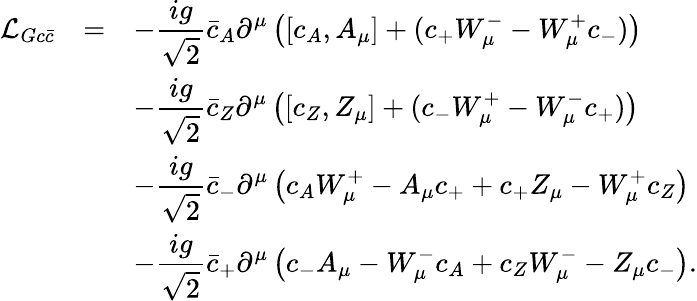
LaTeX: \begin{array}{rcl}{{{\cal L}_{Gc\bar{c}}}}&{{=}}&{{\displaystyle-\frac{ig}{\sqrt{2}}\bar{c}_{A}\partial^{\mu}\left([c_{A},A_{\mu}]+(c_{+}W_{\mu}^{-}-W_{\mu}^{+}c_{-})\right)}}\\ {{}}&{{}}&{{\displaystyle-\frac{ig}{\sqrt{2}}\bar{c}_{Z}\partial^{\mu}\left([c_{Z},Z_{\mu}]+(c_{-}W_{\mu}^{+}-W_{\mu}^{-}c_{+})\right)}}\\ {{}}&{{}}&{{\displaystyle-\frac{ig}{\sqrt{2}}\bar{c}_{-}\partial^{\mu}\left(c_{A}W_{\mu}^{+}-A_{\mu}c_{+}+c_{+}Z_{\mu}-W_{\mu}^{+}c_{Z}\right)}}\\ {{}}&{{}}&{{\displaystyle-\frac{ig}{\sqrt{2}}\bar{c}_{+}\partial^{\mu}\left(c_{-}A_{\mu}-W_{\mu}^{-}c_{A}+c_{Z}W_{\mu}^{-}-Z_{\mu}c_{-}\right).}}\end{array}